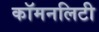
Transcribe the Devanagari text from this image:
कॉमनलिटी